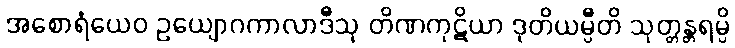
အစောရံယေဝ ဥယျောဂကာလာဒီသု တိဏကုဋိယာ ဒုတိယမ္ပီတိ သုတ္တန္တရမ္ပိ